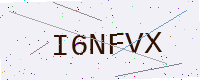
Text: I6NFVX